Vaccination Hyderabad 1872-1889 - 1872-1889
Year: 1872
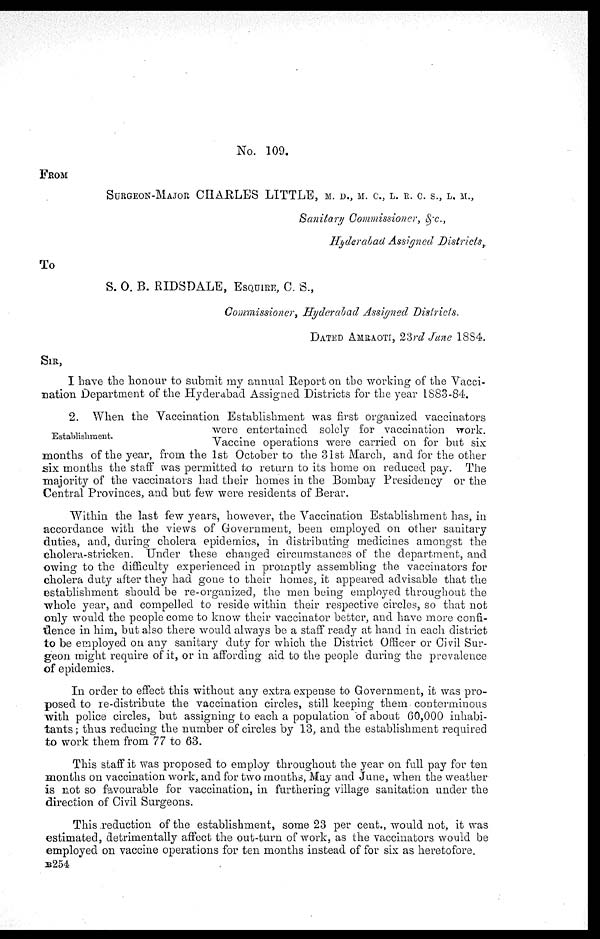
No. 109.
FROM
SURGEON-MAJOR CHARLES LITTLE, M. D., M. C., L. R. C. S., L. M.,
Sanitary Commissioner, & c.,
Hyderabad Assigned Districts,
To
S. O. B. RIDSDALE, ESQUIRE, C. S.,
Commissioner, Hyderabad Assigned Districts.
DATED AMRAOTI, 23rd June 1884.
SIR,
I have the honour to submit my annual Report on the working of the Vacci-
nation Department of the Hyderabad Assigned Districts for the year 1883-84.
Establishment.
2. When the Vaccination Establishment was first organized vaccinators
were entertained solely for vaccination work.
Vaccine operations were carried on for but six
months of the year, from the 1st October to the 31st March, and for the other
six months the staff was permitted to return to its home on reduced pay. The
majority of the vaccinators had their homes in the Bombay Presidency or the
Central Provinces, and but few were residents of Berar.
Within the last few years, however, the Vaccination Establishment has, in
accordance with the views of Government, been employed on other sanitary
duties, and, during cholera epidemics, in distributing medicines amongst the
cholera-stricken. Under these changed circumstances of the department, and
owing to the difficulty experienced in promptly assembling the vaccinators for
cholera duty after they had gone to their homes, it appeared advisable that the
establishment should be re-organized, the men being employed throughout the
whole year, and compelled to reside within their respective circles, so that not
only would the people come to know their vaccinator better, and have more confi-
dence in him, but also there would always be a staff ready at hand in each district
to be employed on any sanitary duty for which the District Officer or Civil Sur-
geon might require of it, or in affording aid to the people during the prevalence
of epidemics.
In order to effect this without any extra expense to Government, it was pro-
posed to re-distribute the vaccination circles, still keeping them conterminous
with police circles, but assigning to each a population of about 60,000 inhabi-
tants ; thus reducing the number of circles by 13, and the establishment required
to work them from 77 to 63.
This staff it was proposed to employ throughout the year on full pay for ten
months on vaccination work, and for two months, May and June, when the weather
is not so favourable for vaccination, in furthering village sanitation under the
direction of Civil Surgeons.
This reduction of the establishment, some 23 per cent., would not, it was
estimated, detrimentally affect the out-turn of work, as the vaccinators would be
employed on vaccine operations for ten months instead of for six as heretofore.
B254